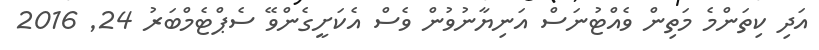
އަދި ކިތަންމެ މަތިން ވެއްޓުނަސް އަނިޔާނުވުން ވެސް އެކަށީގެންވޭ ސެޕްޓެމްބަރު 24